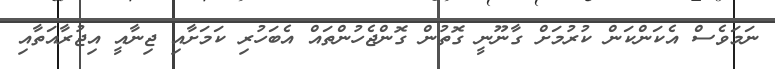
ނަމަވެސް އެކަންކަން ކުރުމަށް ގާނޫނީ ގޮތުން ގޮންޖެހުންތައް އެބަހުރި ކަމަށާއި ޖިނާއީ އިޖުރާއަތާއި